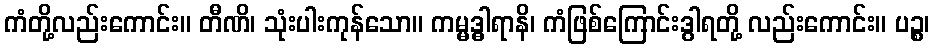
ကံတို့လည်းကောင်း။ တီဏိ၊ သုံးပါးကုန်သော။ ကမ္မဒ္ဓါရာနိ၊ ကံဖြစ်ကြောင်းဒွါရတို့ လည်းကောင်း။ ပဉ္စ၊